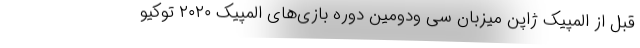
قبل از المپیک ژاپن میزبان سی ودومین دوره بازی‌های المپیک ۲۰۲۰ توکیو